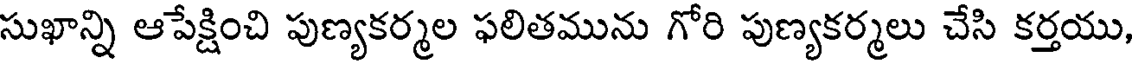
సుఖాన్ని ఆపేక్షించి పుణ్యకర్మల ఫలితమును గోరి పుణ్యకర్మలు చేసి కర్తయు,